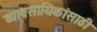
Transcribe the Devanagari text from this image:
व्यावसायिकांसाठी